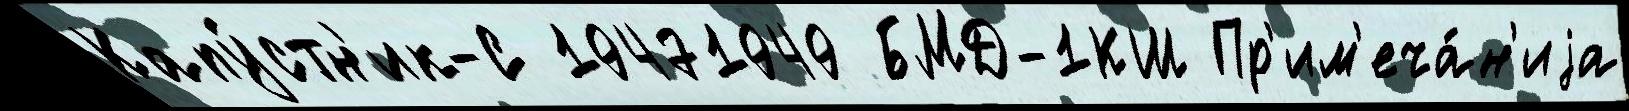
Капу́стн'ик-С 19471949 БМД-1КШ Пр'им'еча́н'иjа